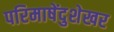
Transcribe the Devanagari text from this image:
परिमाषेंदुशेखर